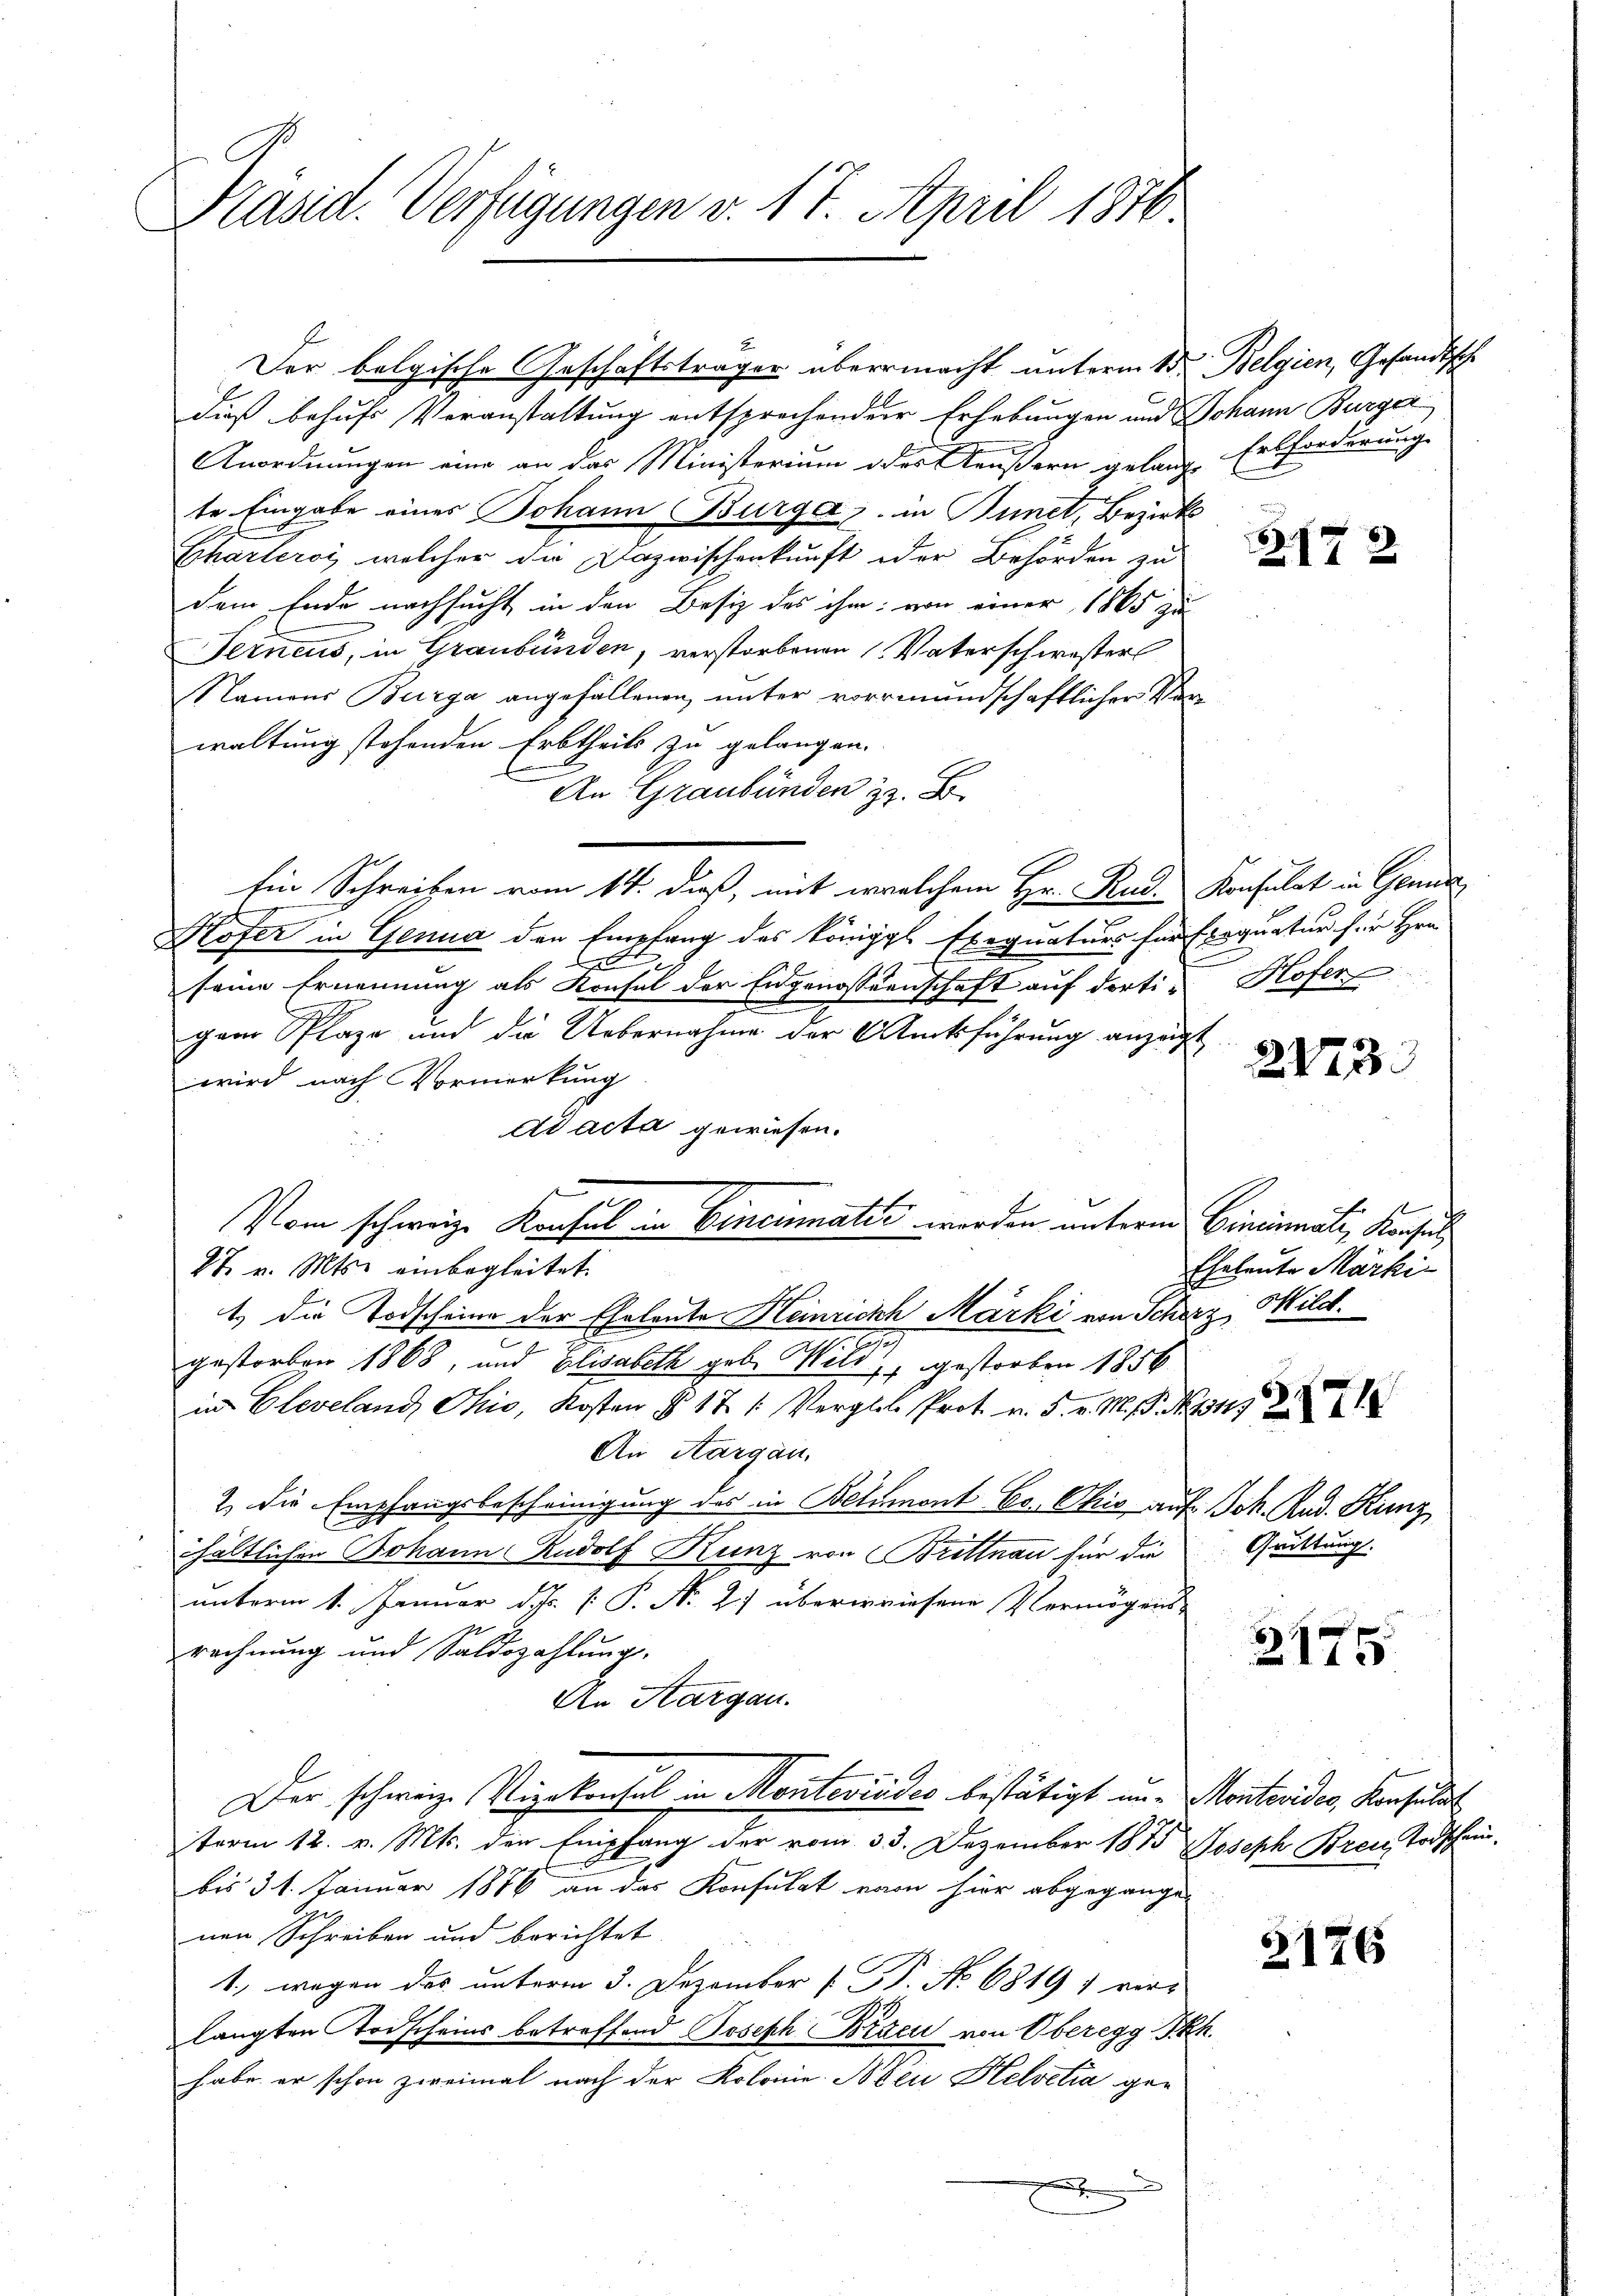
Präsid. Verfügungen v. 17. April 1876

Der belgische Geschäftsträger übermacht unterm 1ten Belgien, Gesandtsch
dieß behufs Veranstaltung entsprochenden Erhebungen und Johann Burger
Anordnungen eine an das Ministerium oder Aeußern gelang Erbforderung
te Eingabe eines Johann Burgaz. in Punct, Bezirks
Charteroi, welcher die Dazwischenkunft oder Behörden zu
dem Ende nachsucht in den Besitz des ihm von einer 1865 zu
Ferneus, in Graubünden, verstorbenen Vaterschwester
Namens Burga angefallenen unter vormundschaftlicher Verwaltung stehenden Erbtheils zu gelangen.
An Graubünden z. B.
Ein Schreiben vom 14. dieß, mit welchem Hr. Rud. Konsulat in Gene
Hofer in Genua der Empfang des Königgl. Exequaturs für Eroquatur für Hrn.
seine Ernennung als Konsul der Engenossenschaft auf dortipaar Plaze und die Uebernahme der Rücksführung anzeigt
wird nach Vormerkung
Ad acta gewiesen.
Vom schweiz. Konsul in Cinciater werden unterm Cincinali, Konsul
27. v. Mts. einbegleitet.
1) die Todscheine der Eheleute Heinrichh Märki von Scherz, Mild.
2
7.
gestorben 1868, und Elisabeth geb. Wild, gestorben 1856
in Cleveland, Ohio, Kosten § 171. Verglete Prot. v. 5. v. M. D. Mit
An Aargau.
2. Die Empfangsbescheinigung des in Belumont Cor Chris auf Joh. Rud. Kunz,
hältlichen Johann Rudolf Kunz von Brittnau für die
unterm 1. Januar d. J. P. Nr. 27 überwiesene Vermögens-
rechnung und Saldszahlung.
An Aargau.
Der schweiz. Vizekonsul in Montevides bestätigt un- Montevides, Konsulat
term 12. v. Mts. den Empfang der vom 33. Dezember 1875 Joseph Brei Todschein-
bis 31. Januar 1876 an das Konsulat vom hier abgegange
nen Schreiben und berichtet.
1., wegen des unterm 3. Dezember [B. No 6819; ver-
langten Todscheins betreffend Joseph Bracu von Oberegg Fkh.
habe er schon zweimal nach der Kolonie Nicu Helvetia gen
e

317

Hofer

2422.

Eheleute Märki

Grüttung.

2175

3176